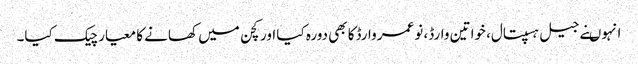
انہوںنے جیل ہسپتال، خواتین وارڈ، نوعمر وارڈکا بھی دورہ کیا اور کچن میں کھانے کا معیار چیک کیا۔